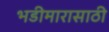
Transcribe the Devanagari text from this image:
भडीमारासाठी